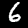
Label: 6